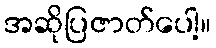
အဆိုပြဇာတ်ပေါ့။